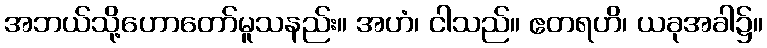
အဘယ်သို့ဟောတော်မူသနည်း။ အဟံ၊ ငါသည်။ ဧတရဟိ၊ ယခုအခါ၌။